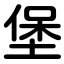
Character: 堡